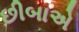
છીબાએ